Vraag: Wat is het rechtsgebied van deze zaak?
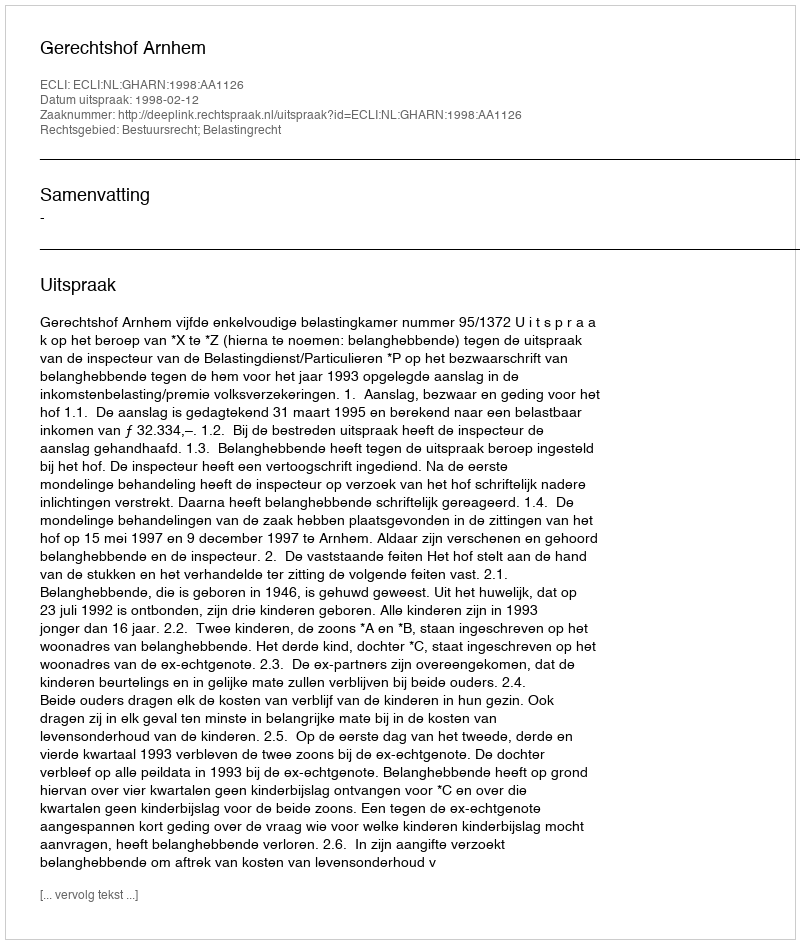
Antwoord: Bestuursrecht; Belastingrecht